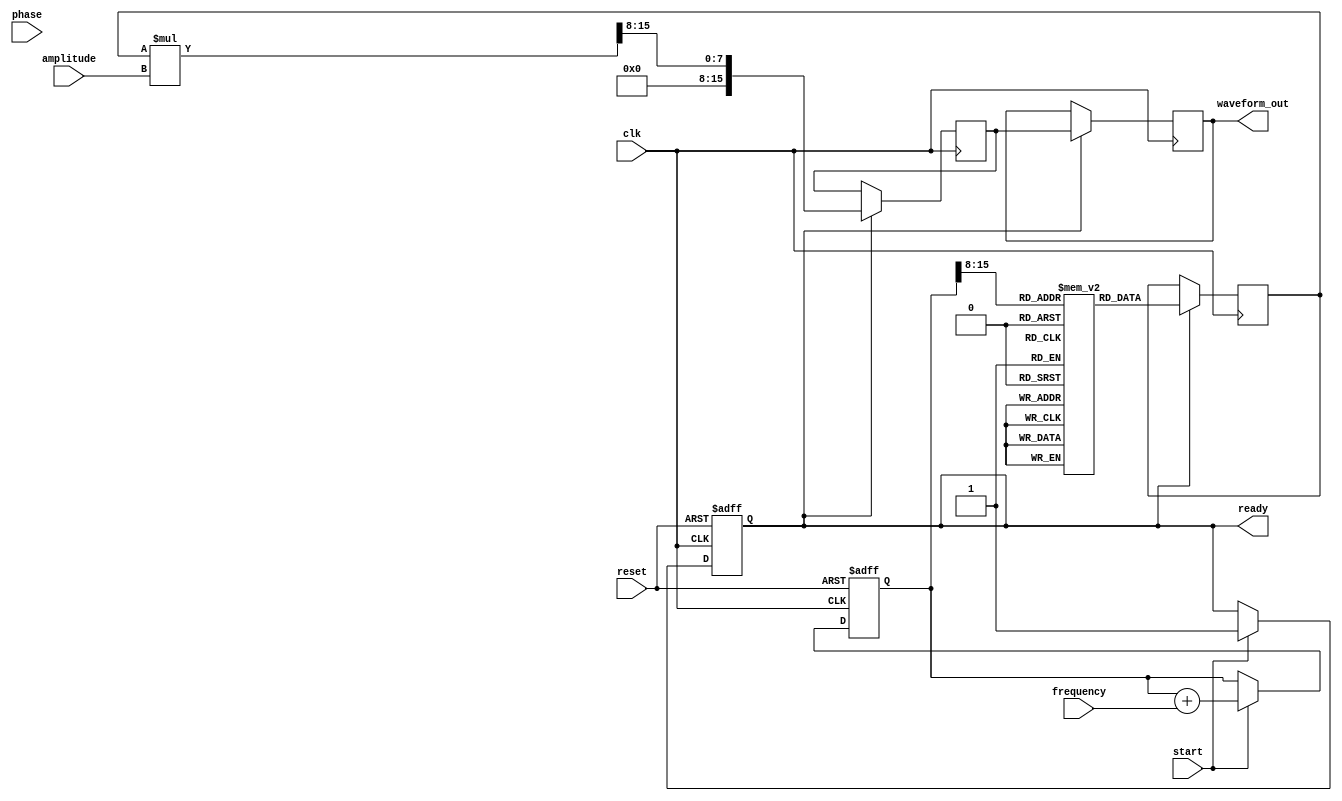
module LogarithmicWaveformGenerator (
    input wire clk,                // System clock
    input wire reset,              // Reset signal
    input wire [15:0] frequency,   // Frequency input
    input wire [15:0] amplitude,    // Amplitude input
    input wire [15:0] phase,        // Phase input
    input wire start,              // Start signal
    output reg [15:0] waveform_out, // Output waveform
    output reg ready               // Ready signal
);

    // Internal signals
    reg [31:0] phase_accumulator;   // Phase accumulator
    reg [15:0] log_value;            // Logarithmic value
    reg [15:0] scaled_waveform;      // Scaled waveform output
    reg [15:0] lut [0:255];          // Look-up table for logarithmic values
    integer i;

    // Initialize the look-up table for logarithmic values
    initial begin
        for (i = 0; i < 256; i = i + 1) begin
            lut[i] = $rtoi($ln(i + 1) * 100); // Scale log values for LUT
        end
    end

    // Frequency control: Phase accumulator
    always @(posedge clk or posedge reset) begin
        if (reset) begin
            phase_accumulator <= 0;
            ready <= 0;
        end else if (start) begin
            phase_accumulator <= phase_accumulator + frequency;
            ready <= 1;
        end
    end

    // Logarithmic function block
    always @(posedge clk) begin
        if (ready) begin
            // Use the phase accumulator to index into the LUT
            log_value <= lut[phase_accumulator[15:8]]; // Use upper bits for LUT index
        end
    end

    // Waveform generation
    always @(posedge clk) begin
        if (ready) begin
            // Scale the logarithmic value by amplitude
            scaled_waveform <= (log_value * amplitude) >> 8; // Adjust scaling
            waveform_out <= scaled_waveform;
        end
    end

endmodule